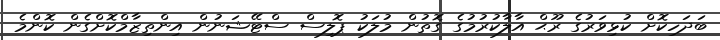
ބަދަހިކޮށް ކުޅިވަރުގެ ރޫޙް އާލާކުރުމުގެ ގޮތުން މުލަކު ޕޮލިސް ސްޓޭޝަނުން އިންތިޒާމްކޮށްގެން ކޮންމެ